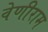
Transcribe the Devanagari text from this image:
वेणीराम